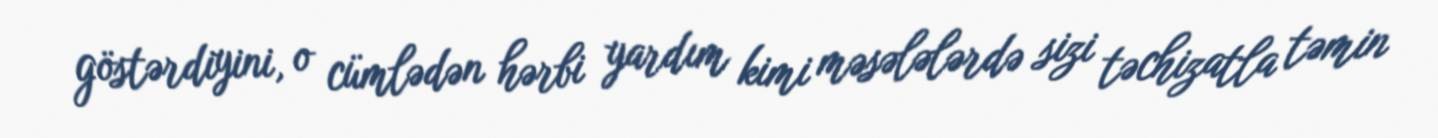
göstərdiyini, o cümlədən hərbi yardım kimi məsələlərdə sizi təchizatla təmin